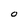
Character: O